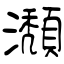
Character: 瀩